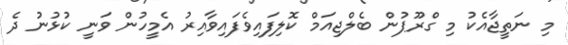
މި ނަތީޖާއެކު މި ގްރޫޕުން ބެލްޖިއަމް ކޮލިފައިވެފައިވާއިރު އެމީހުން ވަނީ ކުޅުނު ދެ